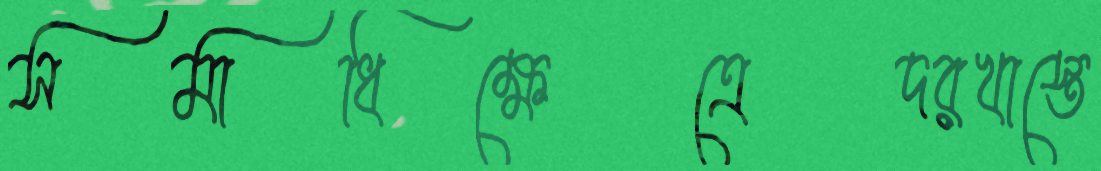
সমাধিক্ষেত্রেদরখাস্তে